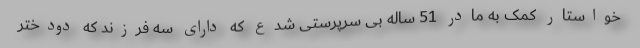
خواستار کمک به مادر 51 ساله بی سرپرستی شدع که دارای سه فرزند که دودختر